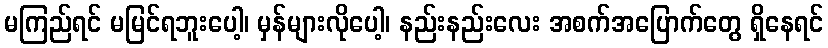
မကြည်ရင် မမြင်ရဘူးပေါ့၊ မှန်များလိုပေါ့၊ နည်းနည်းလေး အစက်အပြောက်တွေ ရှိနေရင်